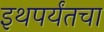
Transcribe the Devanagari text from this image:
इथपर्यंतचा